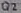
Text: Q2